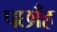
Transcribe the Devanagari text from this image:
पछाँह